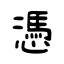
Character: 憑